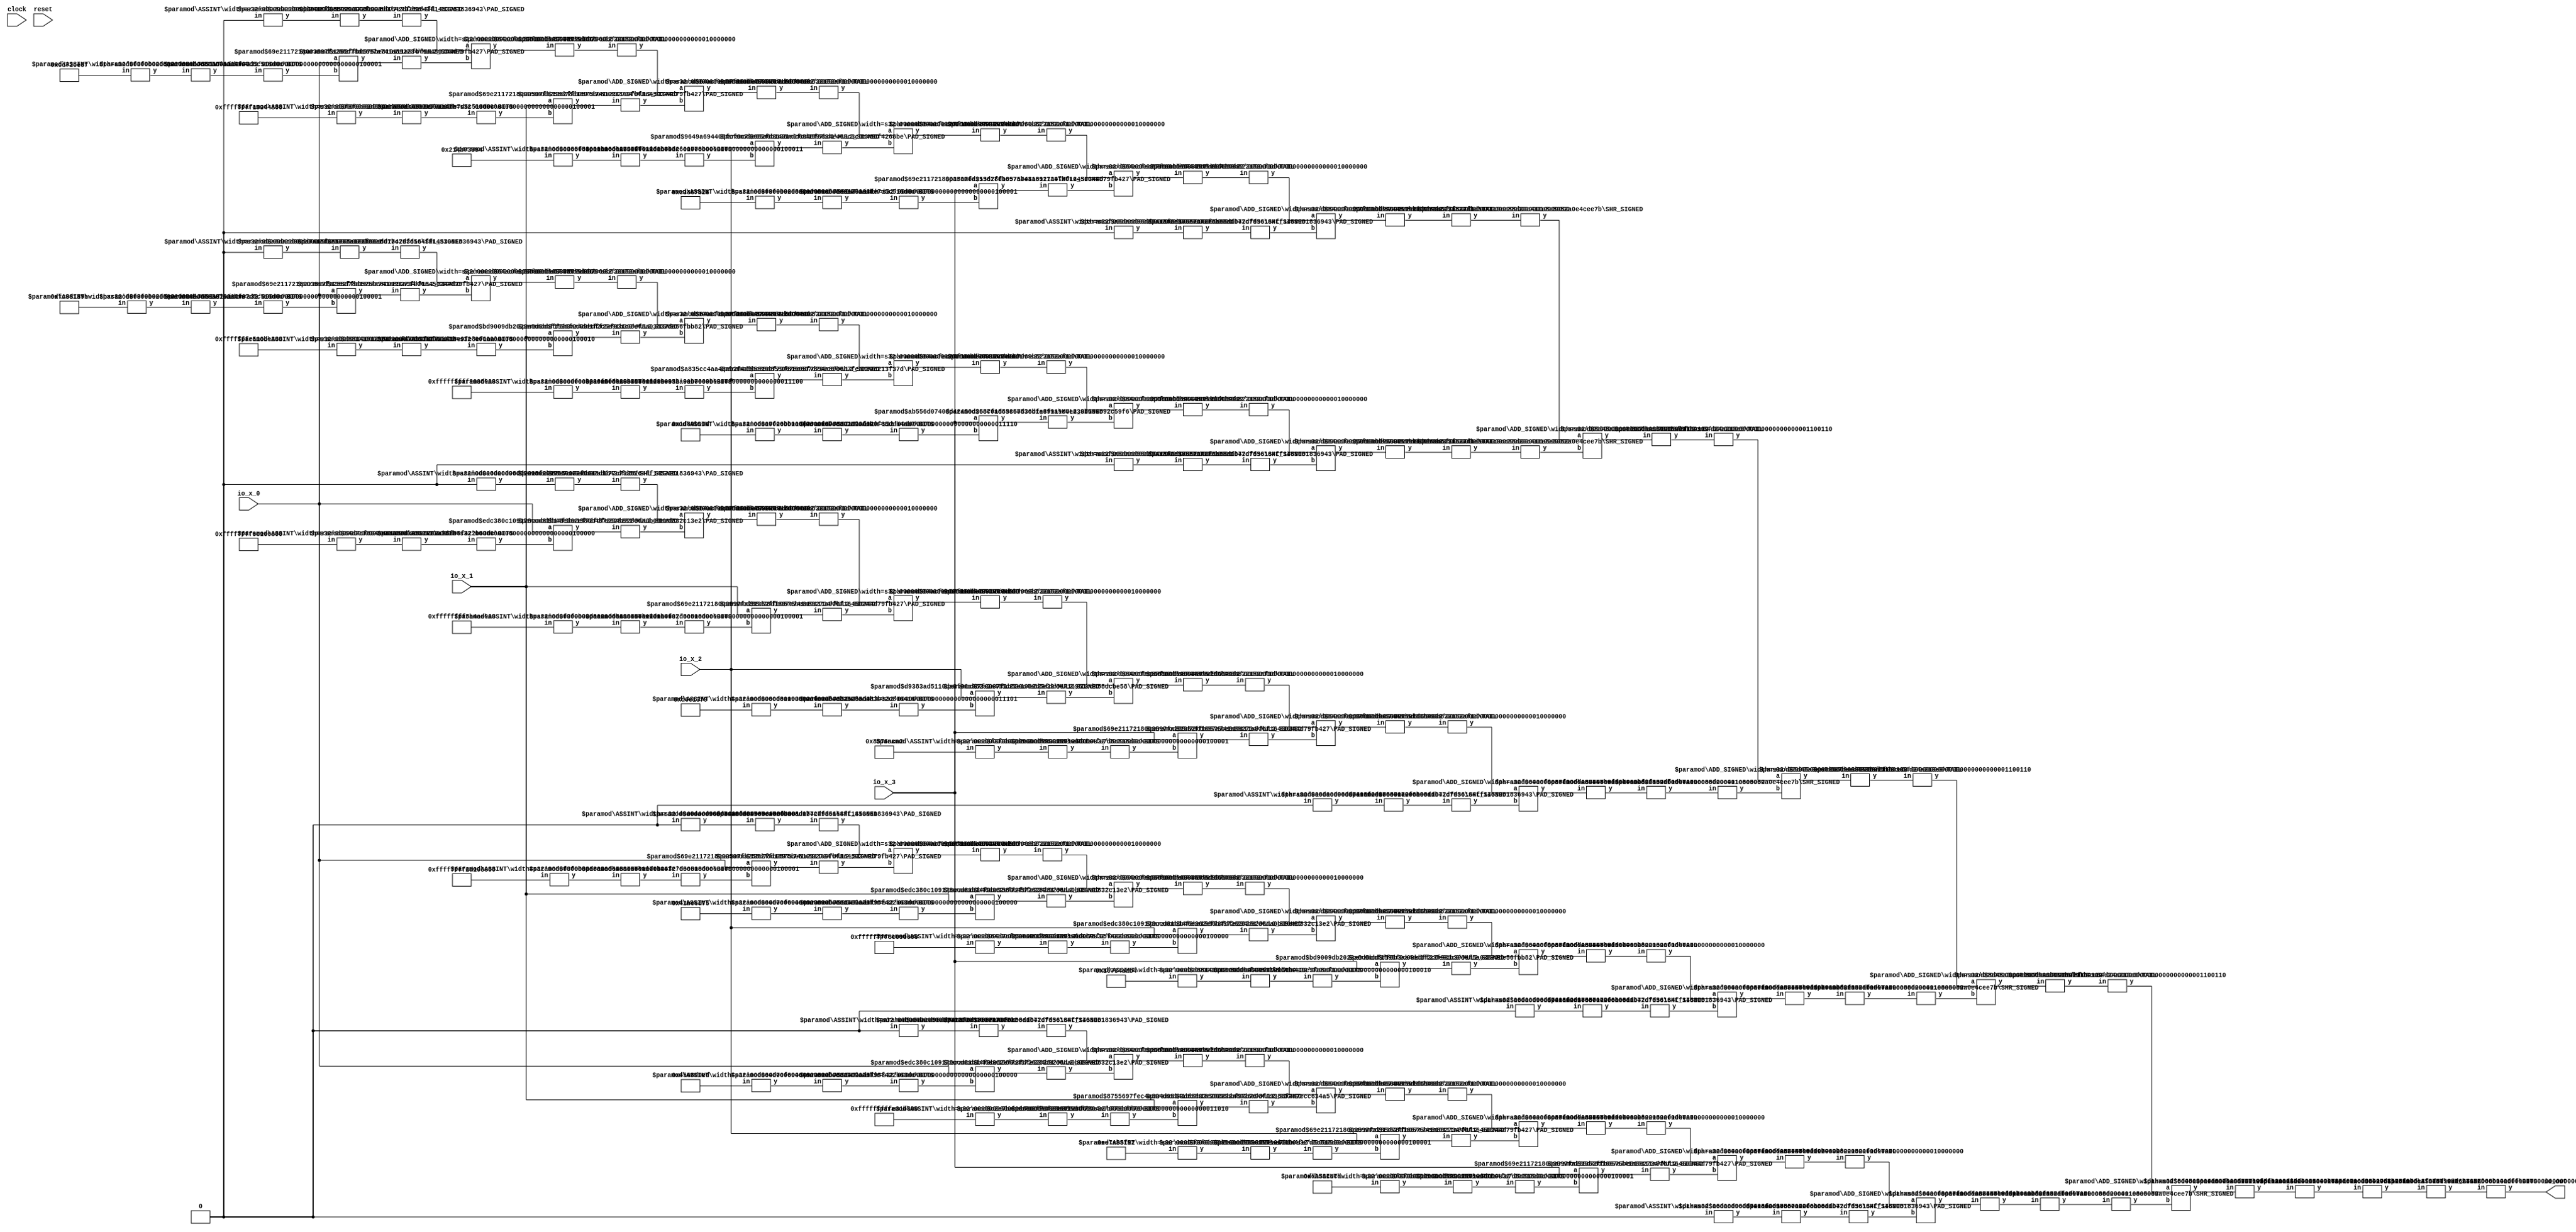
module HardwareHashMaker(
    input clock,
    input reset,
    input [63:0] io_x_0,
    input [63:0] io_x_1,
    input [63:0] io_x_2,
    input [63:0] io_x_3,
    output [63:0] io_out
);
    wire [63:0] _node_0;
    ASSINT #(.width(64)) assint_1 (
        .y(_node_0),
        .in(64'hCD72CE8F)
    );
    wire [127:0] _T_31;
    wire [32:0] _WTEMP_0;
    BITS #(.width(64), .high(32), .low(0)) bits_2 (
        .y(_WTEMP_0),
        .in(_node_0)
    );
    wire [32:0] _WTEMP_1;
    ASSINT #(.width(33)) assint_3 (
        .y(_WTEMP_1),
        .in(_WTEMP_0)
    );
    wire [96:0] _WTEMP_2;
    PAD_SIGNED #(.width(97), .n(128)) s_pad_4 (
        .y(_T_31),
        .in(_WTEMP_2)
    );
    MUL2_SIGNED #(.width_a(64), .width_b(33)) s_mul2_5 (
        .y(_WTEMP_2),
        .a(io_x_0),
        .b(_WTEMP_1)
    );
    wire _node_1;
    ASSINT #(.width(1)) assint_6 (
        .y(_node_1),
        .in(1'h0)
    );
    wire [32:0] _node_2;
    SHL_SIGNED #(.width(1), .n(32)) s_shl_7 (
        .y(_node_2),
        .in(_node_1)
    );
    wire [128:0] _T_32;
    wire [127:0] _WTEMP_3;
    PAD_SIGNED #(.width(33), .n(128)) s_pad_8 (
        .y(_WTEMP_3),
        .in(_node_2)
    );
    ADD_SIGNED #(.width(128)) s_add_9 (
        .y(_T_32),
        .a(_WTEMP_3),
        .b(_T_31)
    );
    wire [127:0] _T_33;
    TAIL #(.width(129), .n(1)) tail_10 (
        .y(_T_33),
        .in(_T_32)
    );
    wire [127:0] _T_34;
    ASSINT #(.width(128)) assint_11 (
        .y(_T_34),
        .in(_T_33)
    );
    wire [63:0] _node_3;
    ASSINT #(.width(64)) assint_12 (
        .y(_node_3),
        .in(64'hFFFFFFFF1934468A)
    );
    wire [127:0] _T_35;
    wire [32:0] _WTEMP_4;
    BITS #(.width(64), .high(32), .low(0)) bits_13 (
        .y(_WTEMP_4),
        .in(_node_3)
    );
    wire [32:0] _WTEMP_5;
    ASSINT #(.width(33)) assint_14 (
        .y(_WTEMP_5),
        .in(_WTEMP_4)
    );
    wire [96:0] _WTEMP_6;
    PAD_SIGNED #(.width(97), .n(128)) s_pad_15 (
        .y(_T_35),
        .in(_WTEMP_6)
    );
    MUL2_SIGNED #(.width_a(64), .width_b(33)) s_mul2_16 (
        .y(_WTEMP_6),
        .a(io_x_1),
        .b(_WTEMP_5)
    );
    wire [128:0] _T_36;
    ADD_SIGNED #(.width(128)) s_add_17 (
        .y(_T_36),
        .a(_T_34),
        .b(_T_35)
    );
    wire [127:0] _T_37;
    TAIL #(.width(129), .n(1)) tail_18 (
        .y(_T_37),
        .in(_T_36)
    );
    wire [127:0] _T_38;
    ASSINT #(.width(128)) assint_19 (
        .y(_T_38),
        .in(_T_37)
    );
    wire [63:0] _node_4;
    ASSINT #(.width(64)) assint_20 (
        .y(_node_4),
        .in(64'h214B73994)
    );
    wire [127:0] _T_39;
    wire [34:0] _WTEMP_7;
    BITS #(.width(64), .high(34), .low(0)) bits_21 (
        .y(_WTEMP_7),
        .in(_node_4)
    );
    wire [34:0] _WTEMP_8;
    ASSINT #(.width(35)) assint_22 (
        .y(_WTEMP_8),
        .in(_WTEMP_7)
    );
    wire [98:0] _WTEMP_9;
    PAD_SIGNED #(.width(99), .n(128)) s_pad_23 (
        .y(_T_39),
        .in(_WTEMP_9)
    );
    MUL2_SIGNED #(.width_a(64), .width_b(35)) s_mul2_24 (
        .y(_WTEMP_9),
        .a(io_x_2),
        .b(_WTEMP_8)
    );
    wire [128:0] _T_40;
    ADD_SIGNED #(.width(128)) s_add_25 (
        .y(_T_40),
        .a(_T_38),
        .b(_T_39)
    );
    wire [127:0] _T_41;
    TAIL #(.width(129), .n(1)) tail_26 (
        .y(_T_41),
        .in(_T_40)
    );
    wire [127:0] _T_42;
    ASSINT #(.width(128)) assint_27 (
        .y(_T_42),
        .in(_T_41)
    );
    wire [63:0] _node_5;
    ASSINT #(.width(64)) assint_28 (
        .y(_node_5),
        .in(64'hC3867B28)
    );
    wire [127:0] _T_43;
    wire [32:0] _WTEMP_10;
    BITS #(.width(64), .high(32), .low(0)) bits_29 (
        .y(_WTEMP_10),
        .in(_node_5)
    );
    wire [32:0] _WTEMP_11;
    ASSINT #(.width(33)) assint_30 (
        .y(_WTEMP_11),
        .in(_WTEMP_10)
    );
    wire [96:0] _WTEMP_12;
    PAD_SIGNED #(.width(97), .n(128)) s_pad_31 (
        .y(_T_43),
        .in(_WTEMP_12)
    );
    MUL2_SIGNED #(.width_a(64), .width_b(33)) s_mul2_32 (
        .y(_WTEMP_12),
        .a(io_x_3),
        .b(_WTEMP_11)
    );
    wire [128:0] _T_44;
    ADD_SIGNED #(.width(128)) s_add_33 (
        .y(_T_44),
        .a(_T_42),
        .b(_T_43)
    );
    wire [127:0] _T_45;
    TAIL #(.width(129), .n(1)) tail_34 (
        .y(_T_45),
        .in(_T_44)
    );
    wire [127:0] _T_46;
    ASSINT #(.width(128)) assint_35 (
        .y(_T_46),
        .in(_T_45)
    );
    wire _node_6;
    ASSINT #(.width(1)) assint_36 (
        .y(_node_6),
        .in(1'h0)
    );
    wire [32:0] _node_7;
    SHL_SIGNED #(.width(1), .n(32)) s_shl_37 (
        .y(_node_7),
        .in(_node_6)
    );
    wire [128:0] _T_47;
    wire [127:0] _WTEMP_13;
    PAD_SIGNED #(.width(33), .n(128)) s_pad_38 (
        .y(_WTEMP_13),
        .in(_node_7)
    );
    ADD_SIGNED #(.width(128)) s_add_39 (
        .y(_T_47),
        .a(_T_46),
        .b(_WTEMP_13)
    );
    wire [127:0] _T_48;
    TAIL #(.width(129), .n(1)) tail_40 (
        .y(_T_48),
        .in(_T_47)
    );
    wire [127:0] _T_49;
    ASSINT #(.width(128)) assint_41 (
        .y(_T_49),
        .in(_T_48)
    );
    wire [101:0] _T_50;
    SHR_SIGNED #(.width(128), .n(26)) s_shr_42 (
        .y(_T_50),
        .in(_T_49)
    );
    wire [63:0] _node_8;
    ASSINT #(.width(64)) assint_43 (
        .y(_node_8),
        .in(64'hFC0D139B)
    );
    wire [127:0] _T_52;
    wire [32:0] _WTEMP_14;
    BITS #(.width(64), .high(32), .low(0)) bits_44 (
        .y(_WTEMP_14),
        .in(_node_8)
    );
    wire [32:0] _WTEMP_15;
    ASSINT #(.width(33)) assint_45 (
        .y(_WTEMP_15),
        .in(_WTEMP_14)
    );
    wire [96:0] _WTEMP_16;
    PAD_SIGNED #(.width(97), .n(128)) s_pad_46 (
        .y(_T_52),
        .in(_WTEMP_16)
    );
    MUL2_SIGNED #(.width_a(64), .width_b(33)) s_mul2_47 (
        .y(_WTEMP_16),
        .a(io_x_0),
        .b(_WTEMP_15)
    );
    wire _node_9;
    ASSINT #(.width(1)) assint_48 (
        .y(_node_9),
        .in(1'h0)
    );
    wire [32:0] _node_10;
    SHL_SIGNED #(.width(1), .n(32)) s_shl_49 (
        .y(_node_10),
        .in(_node_9)
    );
    wire [128:0] _T_53;
    wire [127:0] _WTEMP_17;
    PAD_SIGNED #(.width(33), .n(128)) s_pad_50 (
        .y(_WTEMP_17),
        .in(_node_10)
    );
    ADD_SIGNED #(.width(128)) s_add_51 (
        .y(_T_53),
        .a(_WTEMP_17),
        .b(_T_52)
    );
    wire [127:0] _T_54;
    TAIL #(.width(129), .n(1)) tail_52 (
        .y(_T_54),
        .in(_T_53)
    );
    wire [127:0] _T_55;
    ASSINT #(.width(128)) assint_53 (
        .y(_T_55),
        .in(_T_54)
    );
    wire [63:0] _node_11;
    ASSINT #(.width(64)) assint_54 (
        .y(_node_11),
        .in(64'hFFFFFFFE510BE4EB)
    );
    wire [127:0] _T_56;
    wire [33:0] _WTEMP_18;
    BITS #(.width(64), .high(33), .low(0)) bits_55 (
        .y(_WTEMP_18),
        .in(_node_11)
    );
    wire [33:0] _WTEMP_19;
    ASSINT #(.width(34)) assint_56 (
        .y(_WTEMP_19),
        .in(_WTEMP_18)
    );
    wire [97:0] _WTEMP_20;
    PAD_SIGNED #(.width(98), .n(128)) s_pad_57 (
        .y(_T_56),
        .in(_WTEMP_20)
    );
    MUL2_SIGNED #(.width_a(64), .width_b(34)) s_mul2_58 (
        .y(_WTEMP_20),
        .a(io_x_1),
        .b(_WTEMP_19)
    );
    wire [128:0] _T_57;
    ADD_SIGNED #(.width(128)) s_add_59 (
        .y(_T_57),
        .a(_T_55),
        .b(_T_56)
    );
    wire [127:0] _T_58;
    TAIL #(.width(129), .n(1)) tail_60 (
        .y(_T_58),
        .in(_T_57)
    );
    wire [127:0] _T_59;
    ASSINT #(.width(128)) assint_61 (
        .y(_T_59),
        .in(_T_58)
    );
    wire [63:0] _node_12;
    ASSINT #(.width(64)) assint_62 (
        .y(_node_12),
        .in(64'hFFFFFFFFF903815D)
    );
    wire [127:0] _T_60;
    wire [27:0] _WTEMP_21;
    BITS #(.width(64), .high(27), .low(0)) bits_63 (
        .y(_WTEMP_21),
        .in(_node_12)
    );
    wire [27:0] _WTEMP_22;
    ASSINT #(.width(28)) assint_64 (
        .y(_WTEMP_22),
        .in(_WTEMP_21)
    );
    wire [91:0] _WTEMP_23;
    PAD_SIGNED #(.width(92), .n(128)) s_pad_65 (
        .y(_T_60),
        .in(_WTEMP_23)
    );
    MUL2_SIGNED #(.width_a(64), .width_b(28)) s_mul2_66 (
        .y(_WTEMP_23),
        .a(io_x_2),
        .b(_WTEMP_22)
    );
    wire [128:0] _T_61;
    ADD_SIGNED #(.width(128)) s_add_67 (
        .y(_T_61),
        .a(_T_59),
        .b(_T_60)
    );
    wire [127:0] _T_62;
    TAIL #(.width(129), .n(1)) tail_68 (
        .y(_T_62),
        .in(_T_61)
    );
    wire [127:0] _T_63;
    ASSINT #(.width(128)) assint_69 (
        .y(_T_63),
        .in(_T_62)
    );
    wire [63:0] _node_13;
    ASSINT #(.width(64)) assint_70 (
        .y(_node_13),
        .in(64'h1D80BE0D)
    );
    wire [127:0] _T_64;
    wire [29:0] _WTEMP_24;
    BITS #(.width(64), .high(29), .low(0)) bits_71 (
        .y(_WTEMP_24),
        .in(_node_13)
    );
    wire [29:0] _WTEMP_25;
    ASSINT #(.width(30)) assint_72 (
        .y(_WTEMP_25),
        .in(_WTEMP_24)
    );
    wire [93:0] _WTEMP_26;
    PAD_SIGNED #(.width(94), .n(128)) s_pad_73 (
        .y(_T_64),
        .in(_WTEMP_26)
    );
    MUL2_SIGNED #(.width_a(64), .width_b(30)) s_mul2_74 (
        .y(_WTEMP_26),
        .a(io_x_3),
        .b(_WTEMP_25)
    );
    wire [128:0] _T_65;
    ADD_SIGNED #(.width(128)) s_add_75 (
        .y(_T_65),
        .a(_T_63),
        .b(_T_64)
    );
    wire [127:0] _T_66;
    TAIL #(.width(129), .n(1)) tail_76 (
        .y(_T_66),
        .in(_T_65)
    );
    wire [127:0] _T_67;
    ASSINT #(.width(128)) assint_77 (
        .y(_T_67),
        .in(_T_66)
    );
    wire _node_14;
    ASSINT #(.width(1)) assint_78 (
        .y(_node_14),
        .in(1'h0)
    );
    wire [32:0] _node_15;
    SHL_SIGNED #(.width(1), .n(32)) s_shl_79 (
        .y(_node_15),
        .in(_node_14)
    );
    wire [128:0] _T_68;
    wire [127:0] _WTEMP_27;
    PAD_SIGNED #(.width(33), .n(128)) s_pad_80 (
        .y(_WTEMP_27),
        .in(_node_15)
    );
    ADD_SIGNED #(.width(128)) s_add_81 (
        .y(_T_68),
        .a(_T_67),
        .b(_WTEMP_27)
    );
    wire [127:0] _T_69;
    TAIL #(.width(129), .n(1)) tail_82 (
        .y(_T_69),
        .in(_T_68)
    );
    wire [127:0] _T_70;
    ASSINT #(.width(128)) assint_83 (
        .y(_T_70),
        .in(_T_69)
    );
    wire [101:0] _T_71;
    SHR_SIGNED #(.width(128), .n(26)) s_shr_84 (
        .y(_T_71),
        .in(_T_70)
    );
    wire [63:0] _node_16;
    ASSINT #(.width(64)) assint_85 (
        .y(_node_16),
        .in(64'hFFFFFFFF9C1E0345)
    );
    wire [127:0] _T_73;
    wire [31:0] _WTEMP_28;
    BITS #(.width(64), .high(31), .low(0)) bits_86 (
        .y(_WTEMP_28),
        .in(_node_16)
    );
    wire [31:0] _WTEMP_29;
    ASSINT #(.width(32)) assint_87 (
        .y(_WTEMP_29),
        .in(_WTEMP_28)
    );
    wire [95:0] _WTEMP_30;
    PAD_SIGNED #(.width(96), .n(128)) s_pad_88 (
        .y(_T_73),
        .in(_WTEMP_30)
    );
    MUL2_SIGNED #(.width_a(64), .width_b(32)) s_mul2_89 (
        .y(_WTEMP_30),
        .a(io_x_0),
        .b(_WTEMP_29)
    );
    wire _node_17;
    ASSINT #(.width(1)) assint_90 (
        .y(_node_17),
        .in(1'h0)
    );
    wire [32:0] _node_18;
    SHL_SIGNED #(.width(1), .n(32)) s_shl_91 (
        .y(_node_18),
        .in(_node_17)
    );
    wire [128:0] _T_74;
    wire [127:0] _WTEMP_31;
    PAD_SIGNED #(.width(33), .n(128)) s_pad_92 (
        .y(_WTEMP_31),
        .in(_node_18)
    );
    ADD_SIGNED #(.width(128)) s_add_93 (
        .y(_T_74),
        .a(_WTEMP_31),
        .b(_T_73)
    );
    wire [127:0] _T_75;
    TAIL #(.width(129), .n(1)) tail_94 (
        .y(_T_75),
        .in(_T_74)
    );
    wire [127:0] _T_76;
    ASSINT #(.width(128)) assint_95 (
        .y(_T_76),
        .in(_T_75)
    );
    wire [63:0] _node_19;
    ASSINT #(.width(64)) assint_96 (
        .y(_node_19),
        .in(64'hFFFFFFFF5B4ADEE9)
    );
    wire [127:0] _T_77;
    wire [32:0] _WTEMP_32;
    BITS #(.width(64), .high(32), .low(0)) bits_97 (
        .y(_WTEMP_32),
        .in(_node_19)
    );
    wire [32:0] _WTEMP_33;
    ASSINT #(.width(33)) assint_98 (
        .y(_WTEMP_33),
        .in(_WTEMP_32)
    );
    wire [96:0] _WTEMP_34;
    PAD_SIGNED #(.width(97), .n(128)) s_pad_99 (
        .y(_T_77),
        .in(_WTEMP_34)
    );
    MUL2_SIGNED #(.width_a(64), .width_b(33)) s_mul2_100 (
        .y(_WTEMP_34),
        .a(io_x_1),
        .b(_WTEMP_33)
    );
    wire [128:0] _T_78;
    ADD_SIGNED #(.width(128)) s_add_101 (
        .y(_T_78),
        .a(_T_76),
        .b(_T_77)
    );
    wire [127:0] _T_79;
    TAIL #(.width(129), .n(1)) tail_102 (
        .y(_T_79),
        .in(_T_78)
    );
    wire [127:0] _T_80;
    ASSINT #(.width(128)) assint_103 (
        .y(_T_80),
        .in(_T_79)
    );
    wire [63:0] _node_20;
    ASSINT #(.width(64)) assint_104 (
        .y(_node_20),
        .in(64'hD6E13F9)
    );
    wire [127:0] _T_81;
    wire [28:0] _WTEMP_35;
    BITS #(.width(64), .high(28), .low(0)) bits_105 (
        .y(_WTEMP_35),
        .in(_node_20)
    );
    wire [28:0] _WTEMP_36;
    ASSINT #(.width(29)) assint_106 (
        .y(_WTEMP_36),
        .in(_WTEMP_35)
    );
    wire [92:0] _WTEMP_37;
    PAD_SIGNED #(.width(93), .n(128)) s_pad_107 (
        .y(_T_81),
        .in(_WTEMP_37)
    );
    MUL2_SIGNED #(.width_a(64), .width_b(29)) s_mul2_108 (
        .y(_WTEMP_37),
        .a(io_x_2),
        .b(_WTEMP_36)
    );
    wire [128:0] _T_82;
    ADD_SIGNED #(.width(128)) s_add_109 (
        .y(_T_82),
        .a(_T_80),
        .b(_T_81)
    );
    wire [127:0] _T_83;
    TAIL #(.width(129), .n(1)) tail_110 (
        .y(_T_83),
        .in(_T_82)
    );
    wire [127:0] _T_84;
    ASSINT #(.width(128)) assint_111 (
        .y(_T_84),
        .in(_T_83)
    );
    wire [63:0] _node_21;
    ASSINT #(.width(64)) assint_112 (
        .y(_node_21),
        .in(64'h8576ACA2)
    );
    wire [127:0] _T_85;
    wire [32:0] _WTEMP_38;
    BITS #(.width(64), .high(32), .low(0)) bits_113 (
        .y(_WTEMP_38),
        .in(_node_21)
    );
    wire [32:0] _WTEMP_39;
    ASSINT #(.width(33)) assint_114 (
        .y(_WTEMP_39),
        .in(_WTEMP_38)
    );
    wire [96:0] _WTEMP_40;
    PAD_SIGNED #(.width(97), .n(128)) s_pad_115 (
        .y(_T_85),
        .in(_WTEMP_40)
    );
    MUL2_SIGNED #(.width_a(64), .width_b(33)) s_mul2_116 (
        .y(_WTEMP_40),
        .a(io_x_3),
        .b(_WTEMP_39)
    );
    wire [128:0] _T_86;
    ADD_SIGNED #(.width(128)) s_add_117 (
        .y(_T_86),
        .a(_T_84),
        .b(_T_85)
    );
    wire [127:0] _T_87;
    TAIL #(.width(129), .n(1)) tail_118 (
        .y(_T_87),
        .in(_T_86)
    );
    wire [127:0] _T_88;
    ASSINT #(.width(128)) assint_119 (
        .y(_T_88),
        .in(_T_87)
    );
    wire _node_22;
    ASSINT #(.width(1)) assint_120 (
        .y(_node_22),
        .in(1'h0)
    );
    wire [32:0] _node_23;
    SHL_SIGNED #(.width(1), .n(32)) s_shl_121 (
        .y(_node_23),
        .in(_node_22)
    );
    wire [128:0] _T_89;
    wire [127:0] _WTEMP_41;
    PAD_SIGNED #(.width(33), .n(128)) s_pad_122 (
        .y(_WTEMP_41),
        .in(_node_23)
    );
    ADD_SIGNED #(.width(128)) s_add_123 (
        .y(_T_89),
        .a(_T_88),
        .b(_WTEMP_41)
    );
    wire [127:0] _T_90;
    TAIL #(.width(129), .n(1)) tail_124 (
        .y(_T_90),
        .in(_T_89)
    );
    wire [127:0] _T_91;
    ASSINT #(.width(128)) assint_125 (
        .y(_T_91),
        .in(_T_90)
    );
    wire [101:0] _T_92;
    SHR_SIGNED #(.width(128), .n(26)) s_shr_126 (
        .y(_T_92),
        .in(_T_91)
    );
    wire [63:0] _node_24;
    ASSINT #(.width(64)) assint_127 (
        .y(_node_24),
        .in(64'hFFFFFFFF2D107F9E)
    );
    wire [127:0] _T_94;
    wire [32:0] _WTEMP_42;
    BITS #(.width(64), .high(32), .low(0)) bits_128 (
        .y(_WTEMP_42),
        .in(_node_24)
    );
    wire [32:0] _WTEMP_43;
    ASSINT #(.width(33)) assint_129 (
        .y(_WTEMP_43),
        .in(_WTEMP_42)
    );
    wire [96:0] _WTEMP_44;
    PAD_SIGNED #(.width(97), .n(128)) s_pad_130 (
        .y(_T_94),
        .in(_WTEMP_44)
    );
    MUL2_SIGNED #(.width_a(64), .width_b(33)) s_mul2_131 (
        .y(_WTEMP_44),
        .a(io_x_0),
        .b(_WTEMP_43)
    );
    wire _node_25;
    ASSINT #(.width(1)) assint_132 (
        .y(_node_25),
        .in(1'h0)
    );
    wire [32:0] _node_26;
    SHL_SIGNED #(.width(1), .n(32)) s_shl_133 (
        .y(_node_26),
        .in(_node_25)
    );
    wire [128:0] _T_95;
    wire [127:0] _WTEMP_45;
    PAD_SIGNED #(.width(33), .n(128)) s_pad_134 (
        .y(_WTEMP_45),
        .in(_node_26)
    );
    ADD_SIGNED #(.width(128)) s_add_135 (
        .y(_T_95),
        .a(_WTEMP_45),
        .b(_T_94)
    );
    wire [127:0] _T_96;
    TAIL #(.width(129), .n(1)) tail_136 (
        .y(_T_96),
        .in(_T_95)
    );
    wire [127:0] _T_97;
    ASSINT #(.width(128)) assint_137 (
        .y(_T_97),
        .in(_T_96)
    );
    wire [63:0] _node_27;
    ASSINT #(.width(64)) assint_138 (
        .y(_node_27),
        .in(64'h42BE6D75)
    );
    wire [127:0] _T_98;
    wire [31:0] _WTEMP_46;
    BITS #(.width(64), .high(31), .low(0)) bits_139 (
        .y(_WTEMP_46),
        .in(_node_27)
    );
    wire [31:0] _WTEMP_47;
    ASSINT #(.width(32)) assint_140 (
        .y(_WTEMP_47),
        .in(_WTEMP_46)
    );
    wire [95:0] _WTEMP_48;
    PAD_SIGNED #(.width(96), .n(128)) s_pad_141 (
        .y(_T_98),
        .in(_WTEMP_48)
    );
    MUL2_SIGNED #(.width_a(64), .width_b(32)) s_mul2_142 (
        .y(_WTEMP_48),
        .a(io_x_1),
        .b(_WTEMP_47)
    );
    wire [128:0] _T_99;
    ADD_SIGNED #(.width(128)) s_add_143 (
        .y(_T_99),
        .a(_T_97),
        .b(_T_98)
    );
    wire [127:0] _T_100;
    TAIL #(.width(129), .n(1)) tail_144 (
        .y(_T_100),
        .in(_T_99)
    );
    wire [127:0] _T_101;
    ASSINT #(.width(128)) assint_145 (
        .y(_T_101),
        .in(_T_100)
    );
    wire [63:0] _node_28;
    ASSINT #(.width(64)) assint_146 (
        .y(_node_28),
        .in(64'hFFFFFFFF8C08FE93)
    );
    wire [127:0] _T_102;
    wire [31:0] _WTEMP_49;
    BITS #(.width(64), .high(31), .low(0)) bits_147 (
        .y(_WTEMP_49),
        .in(_node_28)
    );
    wire [31:0] _WTEMP_50;
    ASSINT #(.width(32)) assint_148 (
        .y(_WTEMP_50),
        .in(_WTEMP_49)
    );
    wire [95:0] _WTEMP_51;
    PAD_SIGNED #(.width(96), .n(128)) s_pad_149 (
        .y(_T_102),
        .in(_WTEMP_51)
    );
    MUL2_SIGNED #(.width_a(64), .width_b(32)) s_mul2_150 (
        .y(_WTEMP_51),
        .a(io_x_2),
        .b(_WTEMP_50)
    );
    wire [128:0] _T_103;
    ADD_SIGNED #(.width(128)) s_add_151 (
        .y(_T_103),
        .a(_T_101),
        .b(_T_102)
    );
    wire [127:0] _T_104;
    TAIL #(.width(129), .n(1)) tail_152 (
        .y(_T_104),
        .in(_T_103)
    );
    wire [127:0] _T_105;
    ASSINT #(.width(128)) assint_153 (
        .y(_T_105),
        .in(_T_104)
    );
    wire [63:0] _node_29;
    ASSINT #(.width(64)) assint_154 (
        .y(_node_29),
        .in(64'h16734AAB4)
    );
    wire [127:0] _T_106;
    wire [33:0] _WTEMP_52;
    BITS #(.width(64), .high(33), .low(0)) bits_155 (
        .y(_WTEMP_52),
        .in(_node_29)
    );
    wire [33:0] _WTEMP_53;
    ASSINT #(.width(34)) assint_156 (
        .y(_WTEMP_53),
        .in(_WTEMP_52)
    );
    wire [97:0] _WTEMP_54;
    PAD_SIGNED #(.width(98), .n(128)) s_pad_157 (
        .y(_T_106),
        .in(_WTEMP_54)
    );
    MUL2_SIGNED #(.width_a(64), .width_b(34)) s_mul2_158 (
        .y(_WTEMP_54),
        .a(io_x_3),
        .b(_WTEMP_53)
    );
    wire [128:0] _T_107;
    ADD_SIGNED #(.width(128)) s_add_159 (
        .y(_T_107),
        .a(_T_105),
        .b(_T_106)
    );
    wire [127:0] _T_108;
    TAIL #(.width(129), .n(1)) tail_160 (
        .y(_T_108),
        .in(_T_107)
    );
    wire [127:0] _T_109;
    ASSINT #(.width(128)) assint_161 (
        .y(_T_109),
        .in(_T_108)
    );
    wire _node_30;
    ASSINT #(.width(1)) assint_162 (
        .y(_node_30),
        .in(1'h0)
    );
    wire [32:0] _node_31;
    SHL_SIGNED #(.width(1), .n(32)) s_shl_163 (
        .y(_node_31),
        .in(_node_30)
    );
    wire [128:0] _T_110;
    wire [127:0] _WTEMP_55;
    PAD_SIGNED #(.width(33), .n(128)) s_pad_164 (
        .y(_WTEMP_55),
        .in(_node_31)
    );
    ADD_SIGNED #(.width(128)) s_add_165 (
        .y(_T_110),
        .a(_T_109),
        .b(_WTEMP_55)
    );
    wire [127:0] _T_111;
    TAIL #(.width(129), .n(1)) tail_166 (
        .y(_T_111),
        .in(_T_110)
    );
    wire [127:0] _T_112;
    ASSINT #(.width(128)) assint_167 (
        .y(_T_112),
        .in(_T_111)
    );
    wire [101:0] _T_113;
    SHR_SIGNED #(.width(128), .n(26)) s_shr_168 (
        .y(_T_113),
        .in(_T_112)
    );
    wire [63:0] _node_32;
    ASSINT #(.width(64)) assint_169 (
        .y(_node_32),
        .in(64'h4568D0ED)
    );
    wire [127:0] _T_115;
    wire [31:0] _WTEMP_56;
    BITS #(.width(64), .high(31), .low(0)) bits_170 (
        .y(_WTEMP_56),
        .in(_node_32)
    );
    wire [31:0] _WTEMP_57;
    ASSINT #(.width(32)) assint_171 (
        .y(_WTEMP_57),
        .in(_WTEMP_56)
    );
    wire [95:0] _WTEMP_58;
    PAD_SIGNED #(.width(96), .n(128)) s_pad_172 (
        .y(_T_115),
        .in(_WTEMP_58)
    );
    MUL2_SIGNED #(.width_a(64), .width_b(32)) s_mul2_173 (
        .y(_WTEMP_58),
        .a(io_x_0),
        .b(_WTEMP_57)
    );
    wire _node_33;
    ASSINT #(.width(1)) assint_174 (
        .y(_node_33),
        .in(1'h0)
    );
    wire [32:0] _node_34;
    SHL_SIGNED #(.width(1), .n(32)) s_shl_175 (
        .y(_node_34),
        .in(_node_33)
    );
    wire [128:0] _T_116;
    wire [127:0] _WTEMP_59;
    PAD_SIGNED #(.width(33), .n(128)) s_pad_176 (
        .y(_WTEMP_59),
        .in(_node_34)
    );
    ADD_SIGNED #(.width(128)) s_add_177 (
        .y(_T_116),
        .a(_WTEMP_59),
        .b(_T_115)
    );
    wire [127:0] _T_117;
    TAIL #(.width(129), .n(1)) tail_178 (
        .y(_T_117),
        .in(_T_116)
    );
    wire [127:0] _T_118;
    ASSINT #(.width(128)) assint_179 (
        .y(_T_118),
        .in(_T_117)
    );
    wire [63:0] _node_35;
    ASSINT #(.width(64)) assint_180 (
        .y(_node_35),
        .in(64'hFFFFFFFFFE31B543)
    );
    wire [127:0] _T_119;
    wire [25:0] _WTEMP_60;
    BITS #(.width(64), .high(25), .low(0)) bits_181 (
        .y(_WTEMP_60),
        .in(_node_35)
    );
    wire [25:0] _WTEMP_61;
    ASSINT #(.width(26)) assint_182 (
        .y(_WTEMP_61),
        .in(_WTEMP_60)
    );
    wire [89:0] _WTEMP_62;
    PAD_SIGNED #(.width(90), .n(128)) s_pad_183 (
        .y(_T_119),
        .in(_WTEMP_62)
    );
    MUL2_SIGNED #(.width_a(64), .width_b(26)) s_mul2_184 (
        .y(_WTEMP_62),
        .a(io_x_1),
        .b(_WTEMP_61)
    );
    wire [128:0] _T_120;
    ADD_SIGNED #(.width(128)) s_add_185 (
        .y(_T_120),
        .a(_T_118),
        .b(_T_119)
    );
    wire [127:0] _T_121;
    TAIL #(.width(129), .n(1)) tail_186 (
        .y(_T_121),
        .in(_T_120)
    );
    wire [127:0] _T_122;
    ASSINT #(.width(128)) assint_187 (
        .y(_T_122),
        .in(_T_121)
    );
    wire [63:0] _node_36;
    ASSINT #(.width(64)) assint_188 (
        .y(_node_36),
        .in(64'hE7AB5F92)
    );
    wire [127:0] _T_123;
    wire [32:0] _WTEMP_63;
    BITS #(.width(64), .high(32), .low(0)) bits_189 (
        .y(_WTEMP_63),
        .in(_node_36)
    );
    wire [32:0] _WTEMP_64;
    ASSINT #(.width(33)) assint_190 (
        .y(_WTEMP_64),
        .in(_WTEMP_63)
    );
    wire [96:0] _WTEMP_65;
    PAD_SIGNED #(.width(97), .n(128)) s_pad_191 (
        .y(_T_123),
        .in(_WTEMP_65)
    );
    MUL2_SIGNED #(.width_a(64), .width_b(33)) s_mul2_192 (
        .y(_WTEMP_65),
        .a(io_x_2),
        .b(_WTEMP_64)
    );
    wire [128:0] _T_124;
    ADD_SIGNED #(.width(128)) s_add_193 (
        .y(_T_124),
        .a(_T_122),
        .b(_T_123)
    );
    wire [127:0] _T_125;
    TAIL #(.width(129), .n(1)) tail_194 (
        .y(_T_125),
        .in(_T_124)
    );
    wire [127:0] _T_126;
    ASSINT #(.width(128)) assint_195 (
        .y(_T_126),
        .in(_T_125)
    );
    wire [63:0] _node_37;
    ASSINT #(.width(64)) assint_196 (
        .y(_node_37),
        .in(64'hDB5ACCCD)
    );
    wire [127:0] _T_127;
    wire [32:0] _WTEMP_66;
    BITS #(.width(64), .high(32), .low(0)) bits_197 (
        .y(_WTEMP_66),
        .in(_node_37)
    );
    wire [32:0] _WTEMP_67;
    ASSINT #(.width(33)) assint_198 (
        .y(_WTEMP_67),
        .in(_WTEMP_66)
    );
    wire [96:0] _WTEMP_68;
    PAD_SIGNED #(.width(97), .n(128)) s_pad_199 (
        .y(_T_127),
        .in(_WTEMP_68)
    );
    MUL2_SIGNED #(.width_a(64), .width_b(33)) s_mul2_200 (
        .y(_WTEMP_68),
        .a(io_x_3),
        .b(_WTEMP_67)
    );
    wire [128:0] _T_128;
    ADD_SIGNED #(.width(128)) s_add_201 (
        .y(_T_128),
        .a(_T_126),
        .b(_T_127)
    );
    wire [127:0] _T_129;
    TAIL #(.width(129), .n(1)) tail_202 (
        .y(_T_129),
        .in(_T_128)
    );
    wire [127:0] _T_130;
    ASSINT #(.width(128)) assint_203 (
        .y(_T_130),
        .in(_T_129)
    );
    wire _node_38;
    ASSINT #(.width(1)) assint_204 (
        .y(_node_38),
        .in(1'h0)
    );
    wire [32:0] _node_39;
    SHL_SIGNED #(.width(1), .n(32)) s_shl_205 (
        .y(_node_39),
        .in(_node_38)
    );
    wire [128:0] _T_131;
    wire [127:0] _WTEMP_69;
    PAD_SIGNED #(.width(33), .n(128)) s_pad_206 (
        .y(_WTEMP_69),
        .in(_node_39)
    );
    ADD_SIGNED #(.width(128)) s_add_207 (
        .y(_T_131),
        .a(_T_130),
        .b(_WTEMP_69)
    );
    wire [127:0] _T_132;
    TAIL #(.width(129), .n(1)) tail_208 (
        .y(_T_132),
        .in(_T_131)
    );
    wire [127:0] _T_133;
    ASSINT #(.width(128)) assint_209 (
        .y(_T_133),
        .in(_T_132)
    );
    wire [101:0] _T_134;
    SHR_SIGNED #(.width(128), .n(26)) s_shr_210 (
        .y(_T_134),
        .in(_T_133)
    );
    wire [102:0] _T_135;
    ADD_SIGNED #(.width(102)) s_add_211 (
        .y(_T_135),
        .a(_T_50),
        .b(_T_71)
    );
    wire [101:0] _T_136;
    TAIL #(.width(103), .n(1)) tail_212 (
        .y(_T_136),
        .in(_T_135)
    );
    wire [101:0] _T_137;
    ASSINT #(.width(102)) assint_213 (
        .y(_T_137),
        .in(_T_136)
    );
    wire [102:0] _T_138;
    ADD_SIGNED #(.width(102)) s_add_214 (
        .y(_T_138),
        .a(_T_137),
        .b(_T_92)
    );
    wire [101:0] _T_139;
    TAIL #(.width(103), .n(1)) tail_215 (
        .y(_T_139),
        .in(_T_138)
    );
    wire [101:0] _T_140;
    ASSINT #(.width(102)) assint_216 (
        .y(_T_140),
        .in(_T_139)
    );
    wire [102:0] _T_141;
    ADD_SIGNED #(.width(102)) s_add_217 (
        .y(_T_141),
        .a(_T_140),
        .b(_T_113)
    );
    wire [101:0] _T_142;
    TAIL #(.width(103), .n(1)) tail_218 (
        .y(_T_142),
        .in(_T_141)
    );
    wire [101:0] _T_143;
    ASSINT #(.width(102)) assint_219 (
        .y(_T_143),
        .in(_T_142)
    );
    wire [102:0] _T_144;
    ADD_SIGNED #(.width(102)) s_add_220 (
        .y(_T_144),
        .a(_T_143),
        .b(_T_134)
    );
    wire [101:0] _T_145;
    TAIL #(.width(103), .n(1)) tail_221 (
        .y(_T_145),
        .in(_T_144)
    );
    wire [101:0] _T_146;
    ASSINT #(.width(102)) assint_222 (
        .y(_T_146),
        .in(_T_145)
    );
    wire [95:0] _node_40;
    SHR_SIGNED #(.width(102), .n(6)) s_shr_223 (
        .y(_node_40),
        .in(_T_146)
    );
    wire [63:0] _WTEMP_70;
    BITS #(.width(96), .high(63), .low(0)) bits_224 (
        .y(_WTEMP_70),
        .in(_node_40)
    );
    ASSINT #(.width(64)) assint_225 (
        .y(io_out),
        .in(_WTEMP_70)
    );
endmodule //HardwareHashMaker
module ASSINT(y, in);
    parameter width = 4;
    output [width-1:0] y;
    input [width-1:0] in;
    assign y = $signed(in);
endmodule // ASSINT
module BITS(y, in);
    parameter width = 4;
    parameter high = 2;
    parameter low = 0;
    output [high-low:0] y;
    input [width-1:0] in;
    assign y = in[high:low];
endmodule // BITS
module PAD_SIGNED(y, in);
    parameter width = 4;
    parameter n = 4;
    output [(n > width ? n : width)-1:0] y;
    input [width-1:0] in;
    assign y = n > width ? {{(n - width){in[width-1]}}, in} : in;
endmodule // PAD_SIGNED
module MUL2_SIGNED(y, a, b);
    parameter width_a = 4;
    parameter width_b = 4;
    output [width_a+width_b-1:0] y;
    input [width_a-1:0] a;
    input [width_b-1:0] b;
    assign y = $signed(a) * $signed(b);
endmodule // MUL2_SIGNED
module SHL_SIGNED(y, in);
    parameter width = 4;
    parameter n = 4;
    output [width+n-1:0] y;
    input [width-1:0] in;
    wire [width+n-1:0] temp;
    assign temp = {{n{in[width-1]}}, in};
    assign y = $signed(temp) << n;
endmodule // SHL_SIGNED
module ADD_SIGNED(y, a, b);
    parameter width = 4;
    output [width:0] y;
    input [width-1:0] a;
    input [width-1:0] b;
    assign y = $signed(a) + $signed(b);
endmodule // ADD_SIGNED
module TAIL(y, in);
    parameter width = 4;
    parameter n = 2;
    output [width-n-1:0] y;
    input [width-1:0] in;
    assign y = in[width-n-1:0];
endmodule // TAIL
module SHR_SIGNED(y, in);
    parameter width = 4;
    parameter n = 2;
    output [(n < width ? (width-n-1) : 0):0] y;
    input [width-1:0] in;
    assign y = n < width ? in[width-1:n] : in[width-1:width-1];
endmodule // SHR_SIGNED